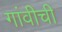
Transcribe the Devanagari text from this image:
गांवीची